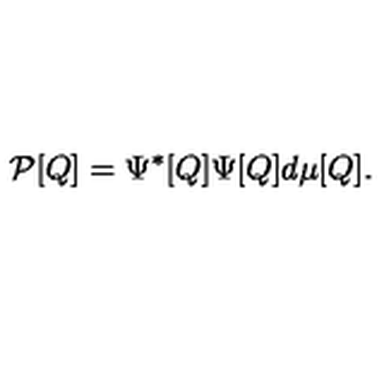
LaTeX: { \cal P } [ Q ] = \Psi ^ { * } [ Q ] \Psi [ Q ] d \mu [ Q ] .